Reports on dispensaries and lunatic asylums in the Province of Oudh - 1869-1876
Year: 1869
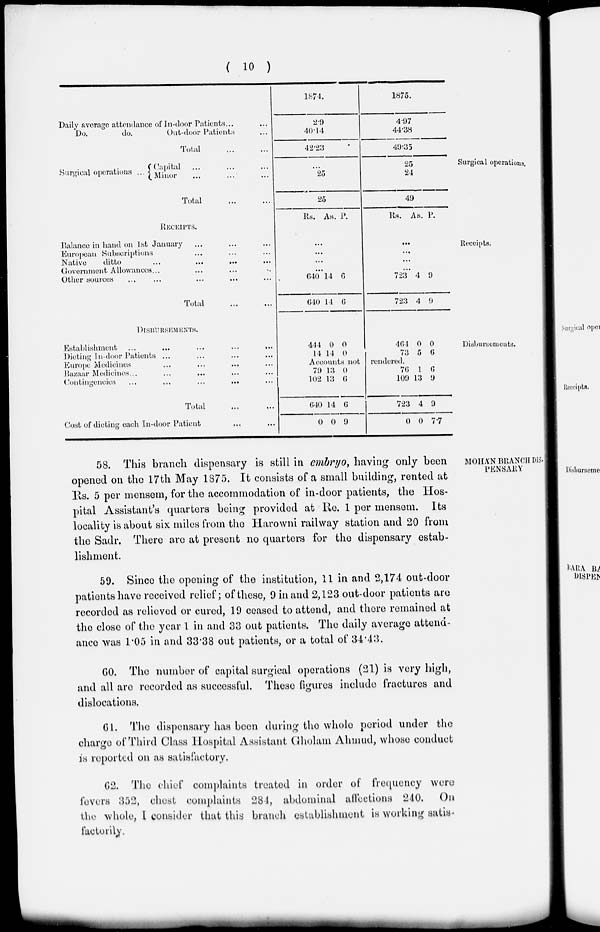
( 10 )
Daily average attendance of In-door Patients . . . ...
Do.
do.
Out-door Patients ...
Total ... ...
1874.
2.9
40.14
42.23
1875.
4.97
44.38
49.35
Surgical operations.
Surgical operations
...
Capital ... ... ...
Minor ... ... ...
Total
...
...
...
25
25
25
24
49
Receipts.
RECEIPTS.
Balance in hand on 1st January ... ... ...
Europeau Subscriptions ... ... ...
Native
ditto
...
...
...
Government Allowances ... ... ... ...
Other sources ... ... ... ... ...
Total
...
...
Rs. As. P.
...
...
...
...
640
640
14
14
6
6
Rs. As. P.
...
...
...
...
723
723
4
4
9
9
Disbursements.
DISBURSEMENTS.
Establishment ... ... ... ... ...
Dieting In-door Patients ... ... ... ...
Europe Medicines ... ... ... ...
Bazaar Medicines ...
...
... ...
Contingencies
...
...
...
...
Total ... ...
Cost of dieting each In-door Patient ... ...
444
14
0
14
0
0
464
73
0
5
0
6
Accounts not
rendered.
79
102
640
0
13
13
14
0
0
6
0
9
76
109
723
0
1
13
4
0
6
9
9
7.7
MOHAN BRANCH DIS.
PENSARY
58. This branch dispensary is still in embryo, having only been
opened on the 17th May 1875. It consists of a small building, rented at
Rs. 5 per mensem, for the accommodation of in-door patients, the Hos-
pital Assistant's quarters being provided at Re. 1 per mensem. Its
locality is about six miles from the Harowni railway station and 20 from
the Sadr. There are at present no quarters for the dispensary estab-
lishment.
59. Since the opening of the institution, 11 in and 2,174 out-door
patients have received relief; of these, 9 in and 2,123 out-door patients are
recorded as relieved or cured, 19 ceased to attend, and there remained at
the close of the year 1 in and 33 out patients. The daily average attend-
ance was 1.05 in and 33.38 out patients, or a total of 34.43.
60. The number of capital surgical operations (21) is very high,
and all are recorded as successful. These figures include fractures and
dislocations.
6l. The dispensary has been during the whole period under the
charge of Third Class Hospital Assistant Gholam Ahmud, whose conduct
is reported on as satisfactory.
62. The chief complaints treated in order of frequency were
fevers 352, chest complaints 284, abdominal affections 240. On
the whole, I consider that this branch establishment is working satis-
factorily.